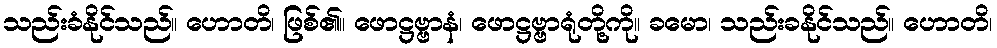
သည်းခံနိုင်သည်။ ဟောတိ၊ ဖြစ်၏။ ဖောဋ္ဌဗ္ဗာနံ၊ ဖောဋ္ဌဗ္ဗာရုံတို့ကို။ ခမော၊ သည်းခနိုင်သည်။ ဟောတိ၊